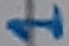
Text: 1